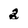
Character: 2